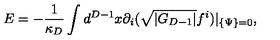
E = - \frac { 1 } { \kappa _ { D } } \int d ^ { D - 1 } x \partial _ { i } ( \sqrt { | G _ { D - 1 } | } f ^ { i } ) | _ { \{ \Psi \} = 0 } ,